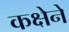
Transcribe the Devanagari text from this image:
कक्षेने